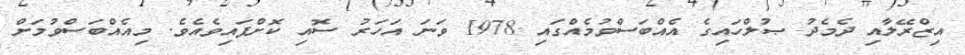
އިޒްރޭލާއި ދެމެދު ޞުލްހައިގެ އެއްބަސްވުމެއްގައި 1978 ވަނަ އަހަރު ސޮއި ކޮށްފައިވެއެވެ. މިއެއްބަސްވުމަށް